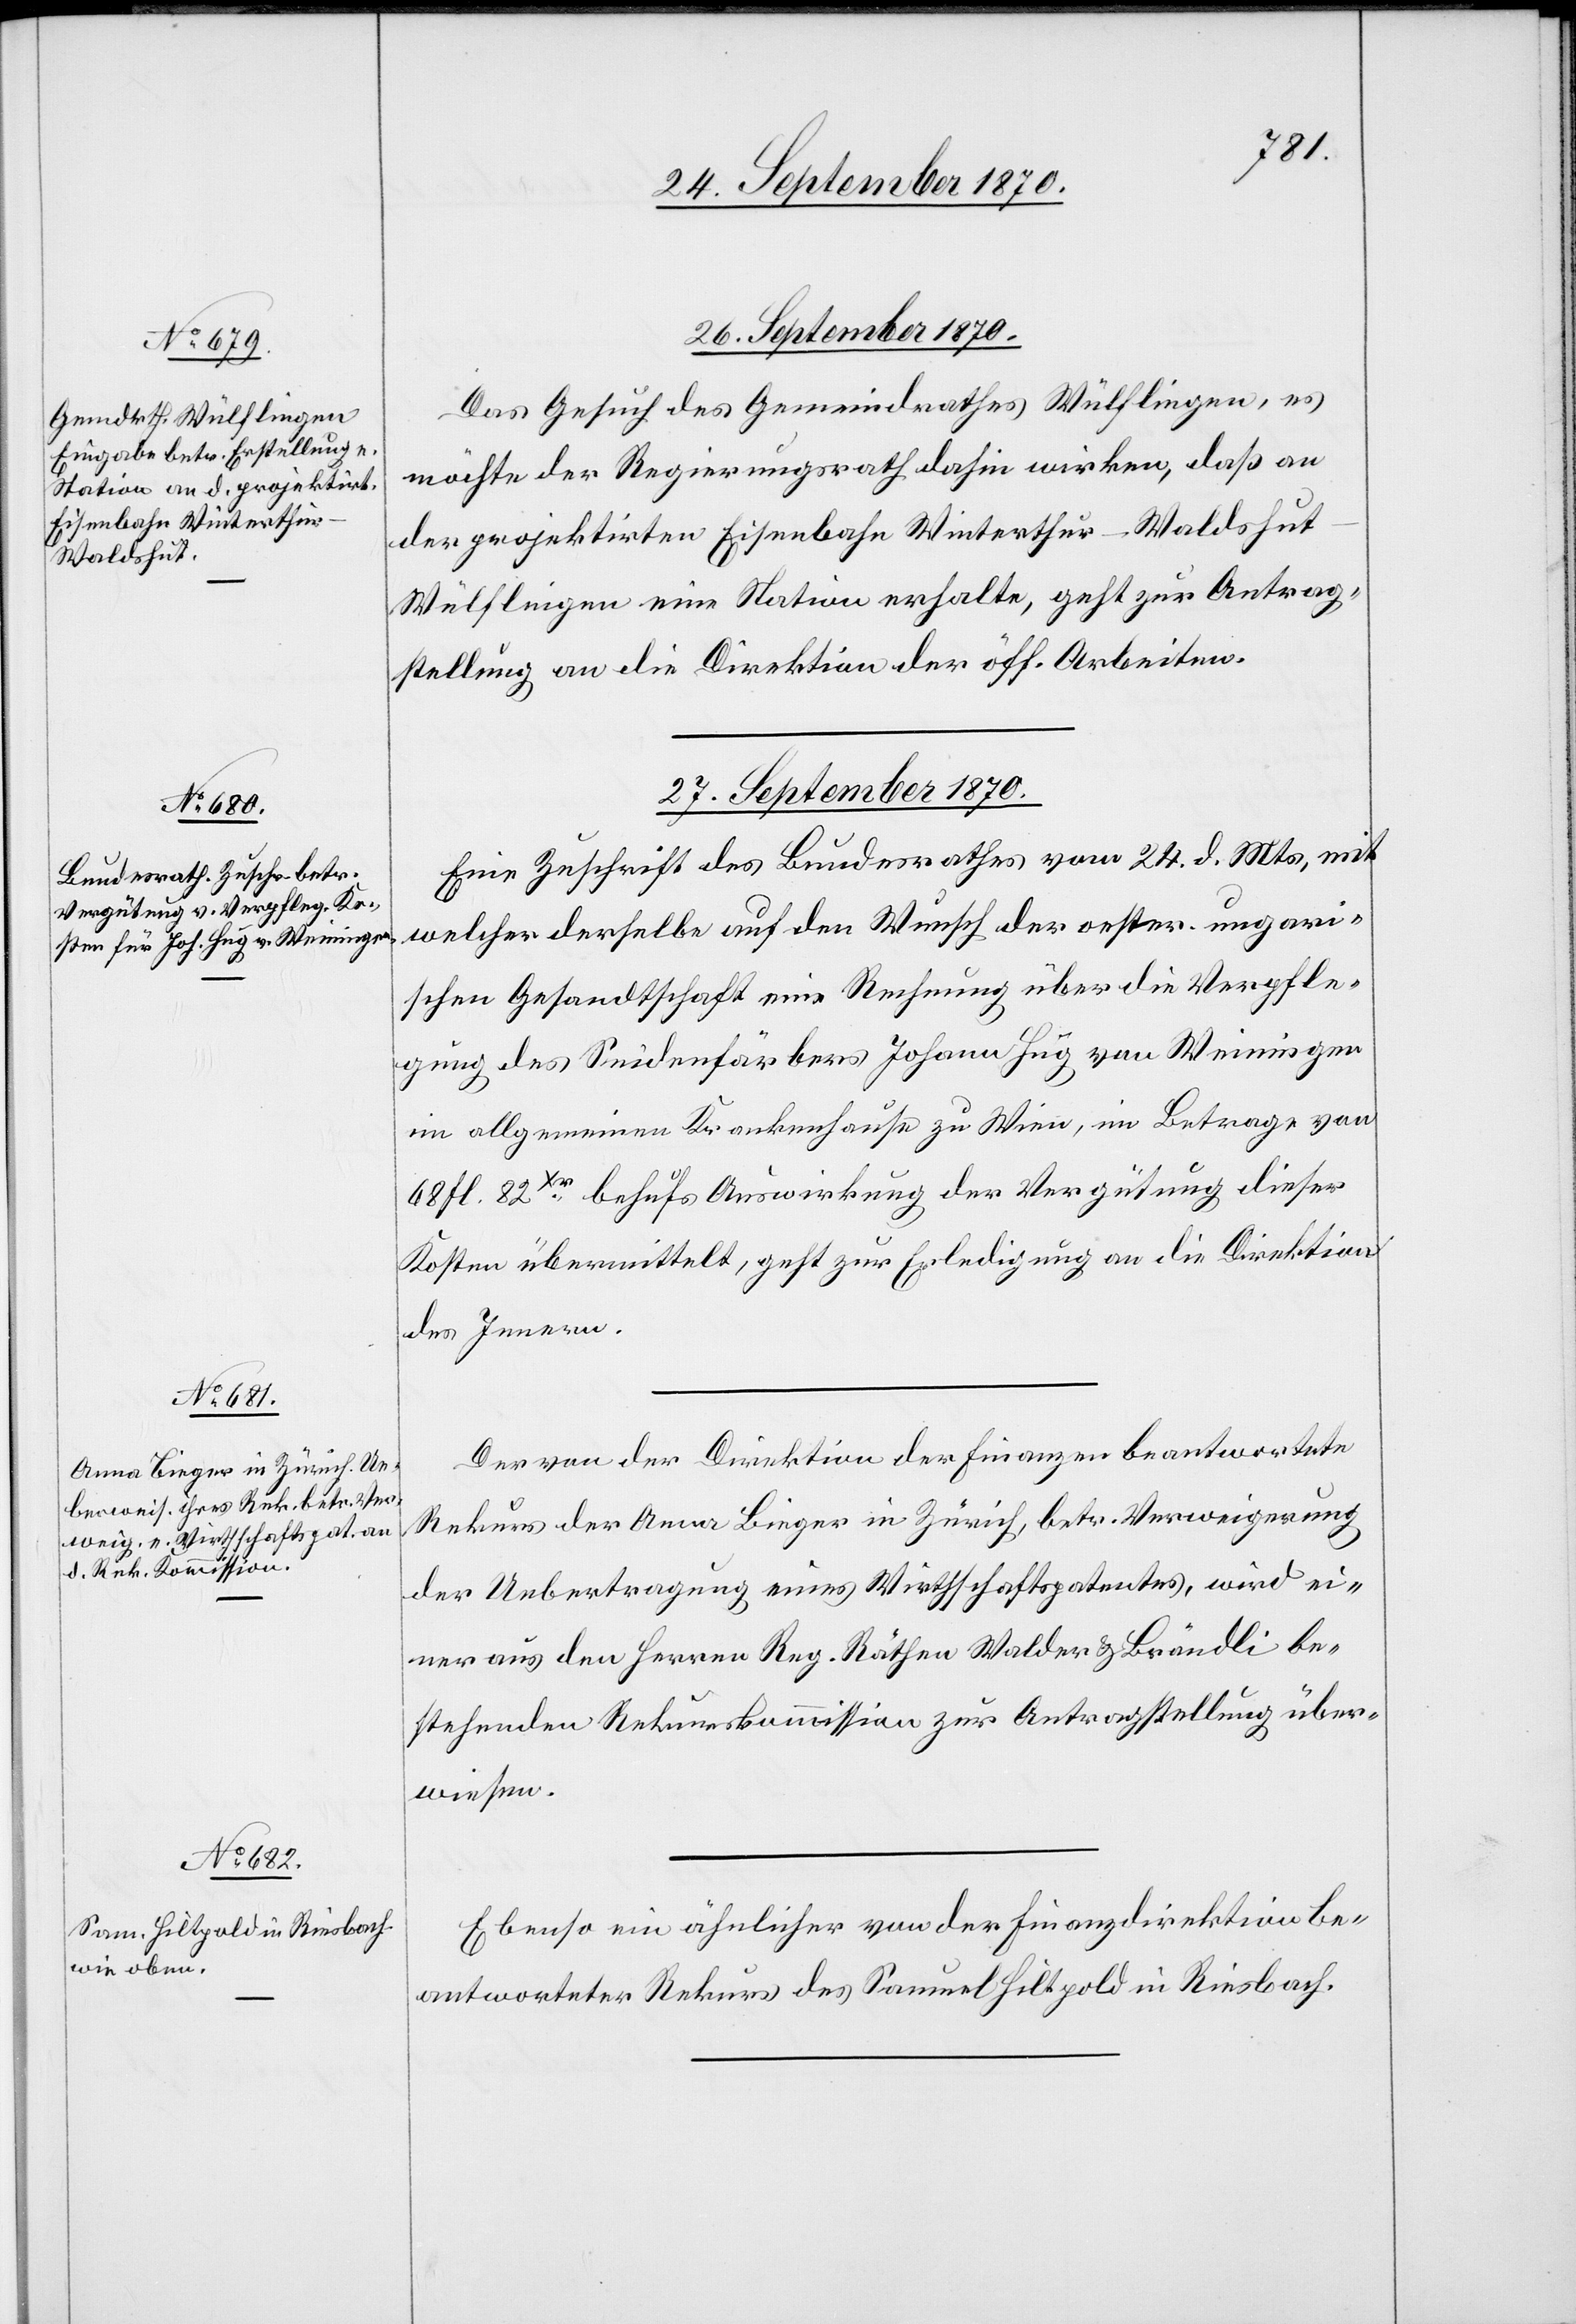
gungskos¬

26. September 1870.
Das Gesuch des Gemeindrathes Wülflingen, es
möchte der Regierungsrath dahin wirken, daß an
der projektirten Eisenbahn Winterthur–Waldshut–W¬
ülflingen eine Station erhalte [sic!] geht zur Antrag¬
stellung an die Direktion der öff. Arbeiten.
27. September 1870.]
Eine Zuschrift des Bundesrathes vom 24. d. Mts., mit
welcher derselbe auf den Wunsch der oester. ungari¬
schen Gesandtschaft eine Rechnung über die Verpfle¬
ten des Seidenfärbers Johann Hug von Weiningen
im allgemeinen Krankenhause zu Wien, im Betrage von
68 fl. 82xer behufs Auswirkung der Vergütung dieser
Kosten übermittelt, geht zur Erledigung an die Direktion
des Innern.
Der von der Direktion der Finanzen beantwortete
Rekurs der Anna Bieger in Zürich, betr. Verweigerung
der Uebertragung eines Wirthschaftspatentes, wird ei¬
ner aus den Herren Reg. Räthen Walder & Brändli be¬
stehenden Rekurskommission zur Antragstellung über¬
wiesen.
Ebenso ein ähnlicher von der Finanzdirektion be¬
antworteter Rekurs des Samuel Hiltpold in Riesbach.